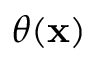
\theta ( \mathbf { x } )